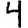
Digit: 4